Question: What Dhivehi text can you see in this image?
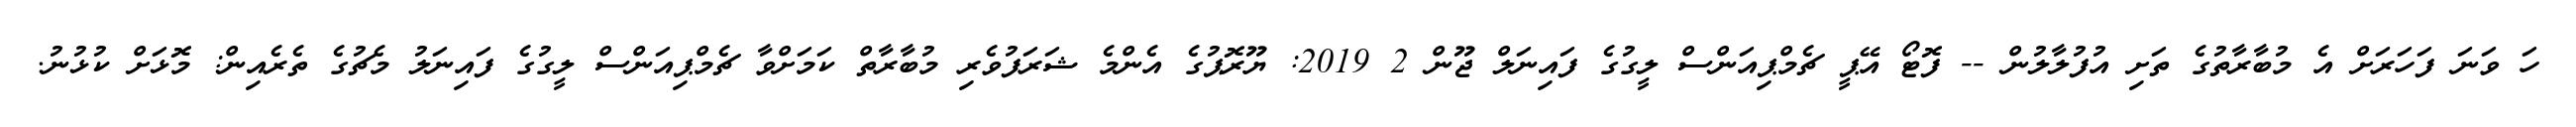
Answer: ހަ ވަނަ ފަހަރަށް އެ މުބާރާތުގެ ތަށި އުފުލާލުން -- ފޮޓޯ އޭޕީ ޗެމްޕިއަންސް ލީގުގެ ފައިނަލް ޖޫން 2 2019: ޔޫރޮޕުގެ އެންމެ ޝަރަފުވެރި މުބާރާތް ކަމަށްވާ ޗެމްޕިއަންސް ލީގުގެ ފައިނަލު މެޗުގެ ތެރެއިން: މޮޅަށް ކުޅުނު.